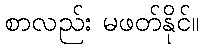
စာလည်း မဖတ်နိုင်။